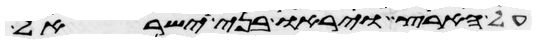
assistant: על הארץ ויראו בני ישראל